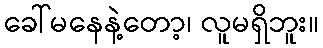
ခေါ်မနေနဲ့တော့၊ လူမရှိဘူး။